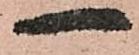
一